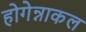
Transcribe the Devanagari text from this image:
होगेन्नाकल